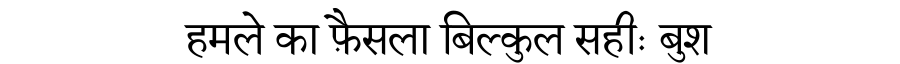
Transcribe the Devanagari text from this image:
हमले का फ़ैसला बिल्कुल सहीः बुश